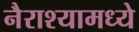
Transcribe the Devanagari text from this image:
नैराश्यामध्ये